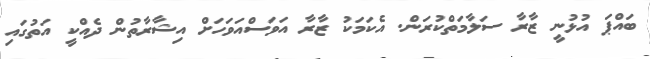
ބައްޕަ އުޅުނީ ޒާރާ ސަލާމަތްކުރަން. އެކަމަކު ޒާރާ އަވަސްއަވަހަށް އިޝާރާތުން ދެއްކީ އަތުގައި